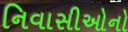
નિવાસીઓનો